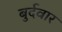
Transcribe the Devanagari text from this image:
बुर्दवार